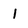
Character: 1